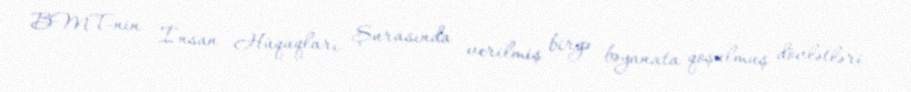
BMT-nin İnsan Hüquqları Şurasında verilmiş birgə bəyanata qoşulmuş dövlətləri